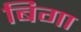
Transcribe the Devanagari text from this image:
बिगा